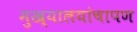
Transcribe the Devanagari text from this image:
मुख्यालयांचापण